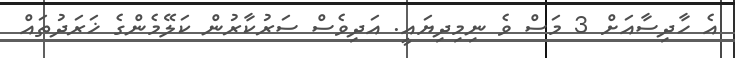
އެ ހާދިސާއަށް 3 މަސް ވެ ނިމިދިޔައީ. އަދިވެސް ސަރުކާރުން ކަލޭމެންގެ ޚަރަދުތައް